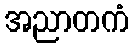
အညာတကံ